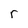
Character: r